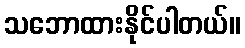
သဘောထားနိုင်ပါတယ်။